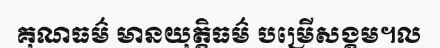
គុណធម៌ មានយុត្តិធម៌ បម្រើសង្គម។ល